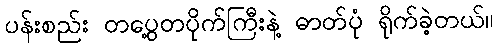
ပန်းစည်း တပွေ့တပိုက်ကြီးနဲ့ ဓာတ်ပုံ ရိုက်ခဲ့တယ်။